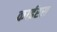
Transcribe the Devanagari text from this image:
काईरस